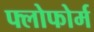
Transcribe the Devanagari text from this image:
फ्लोफोर्म